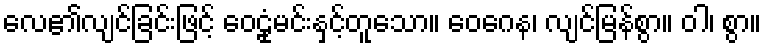
လေ၏လျင်ခြင်းဖြင့် ဝေဠုံမင်းနှင့်တူသော။ ဝေဂေန၊ လျင်မြန်စွာ။ ဝါ၊ စွာ။